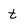
Character: t